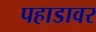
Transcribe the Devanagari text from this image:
पहाडावर